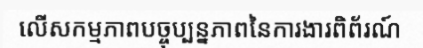
លើសកម្មភាពបច្ចុប្បន្នភាពនៃការងារពិព័រណ៍